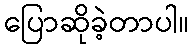
ပြောဆိုခဲ့တာပါ။